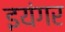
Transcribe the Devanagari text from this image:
इयंगर